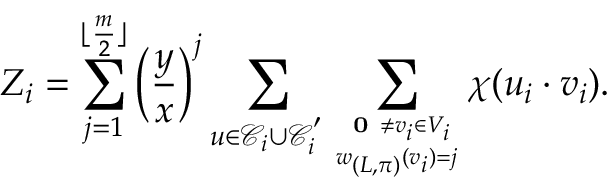
Z _ { i } = \sum _ { j = 1 } ^ { \lfloor \frac { m } { 2 } \rfloor } \left( \frac { y } { x } \right) ^ { j } \sum _ { \boldsymbol { u } \in \mathcal { C } _ { i } \cup \mathcal { C } _ { i } ^ { ' } } \sum _ { \textbf { 0 } \neq \boldsymbol { v _ { i } } \in V _ { i } \atop w _ { ( L , \pi ) } ( \boldsymbol { v _ { i } } ) = j } \chi ( \boldsymbol { u _ { i } } \cdot \boldsymbol { v _ { i } } ) .